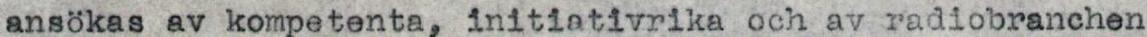
ansökas av kompetenta, initiativrika och av radiobranchen